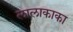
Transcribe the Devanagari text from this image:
लालाकाका